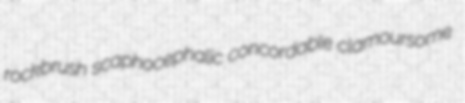
rockbrush scaphocephalic concordable clamoursome